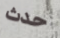
حدث